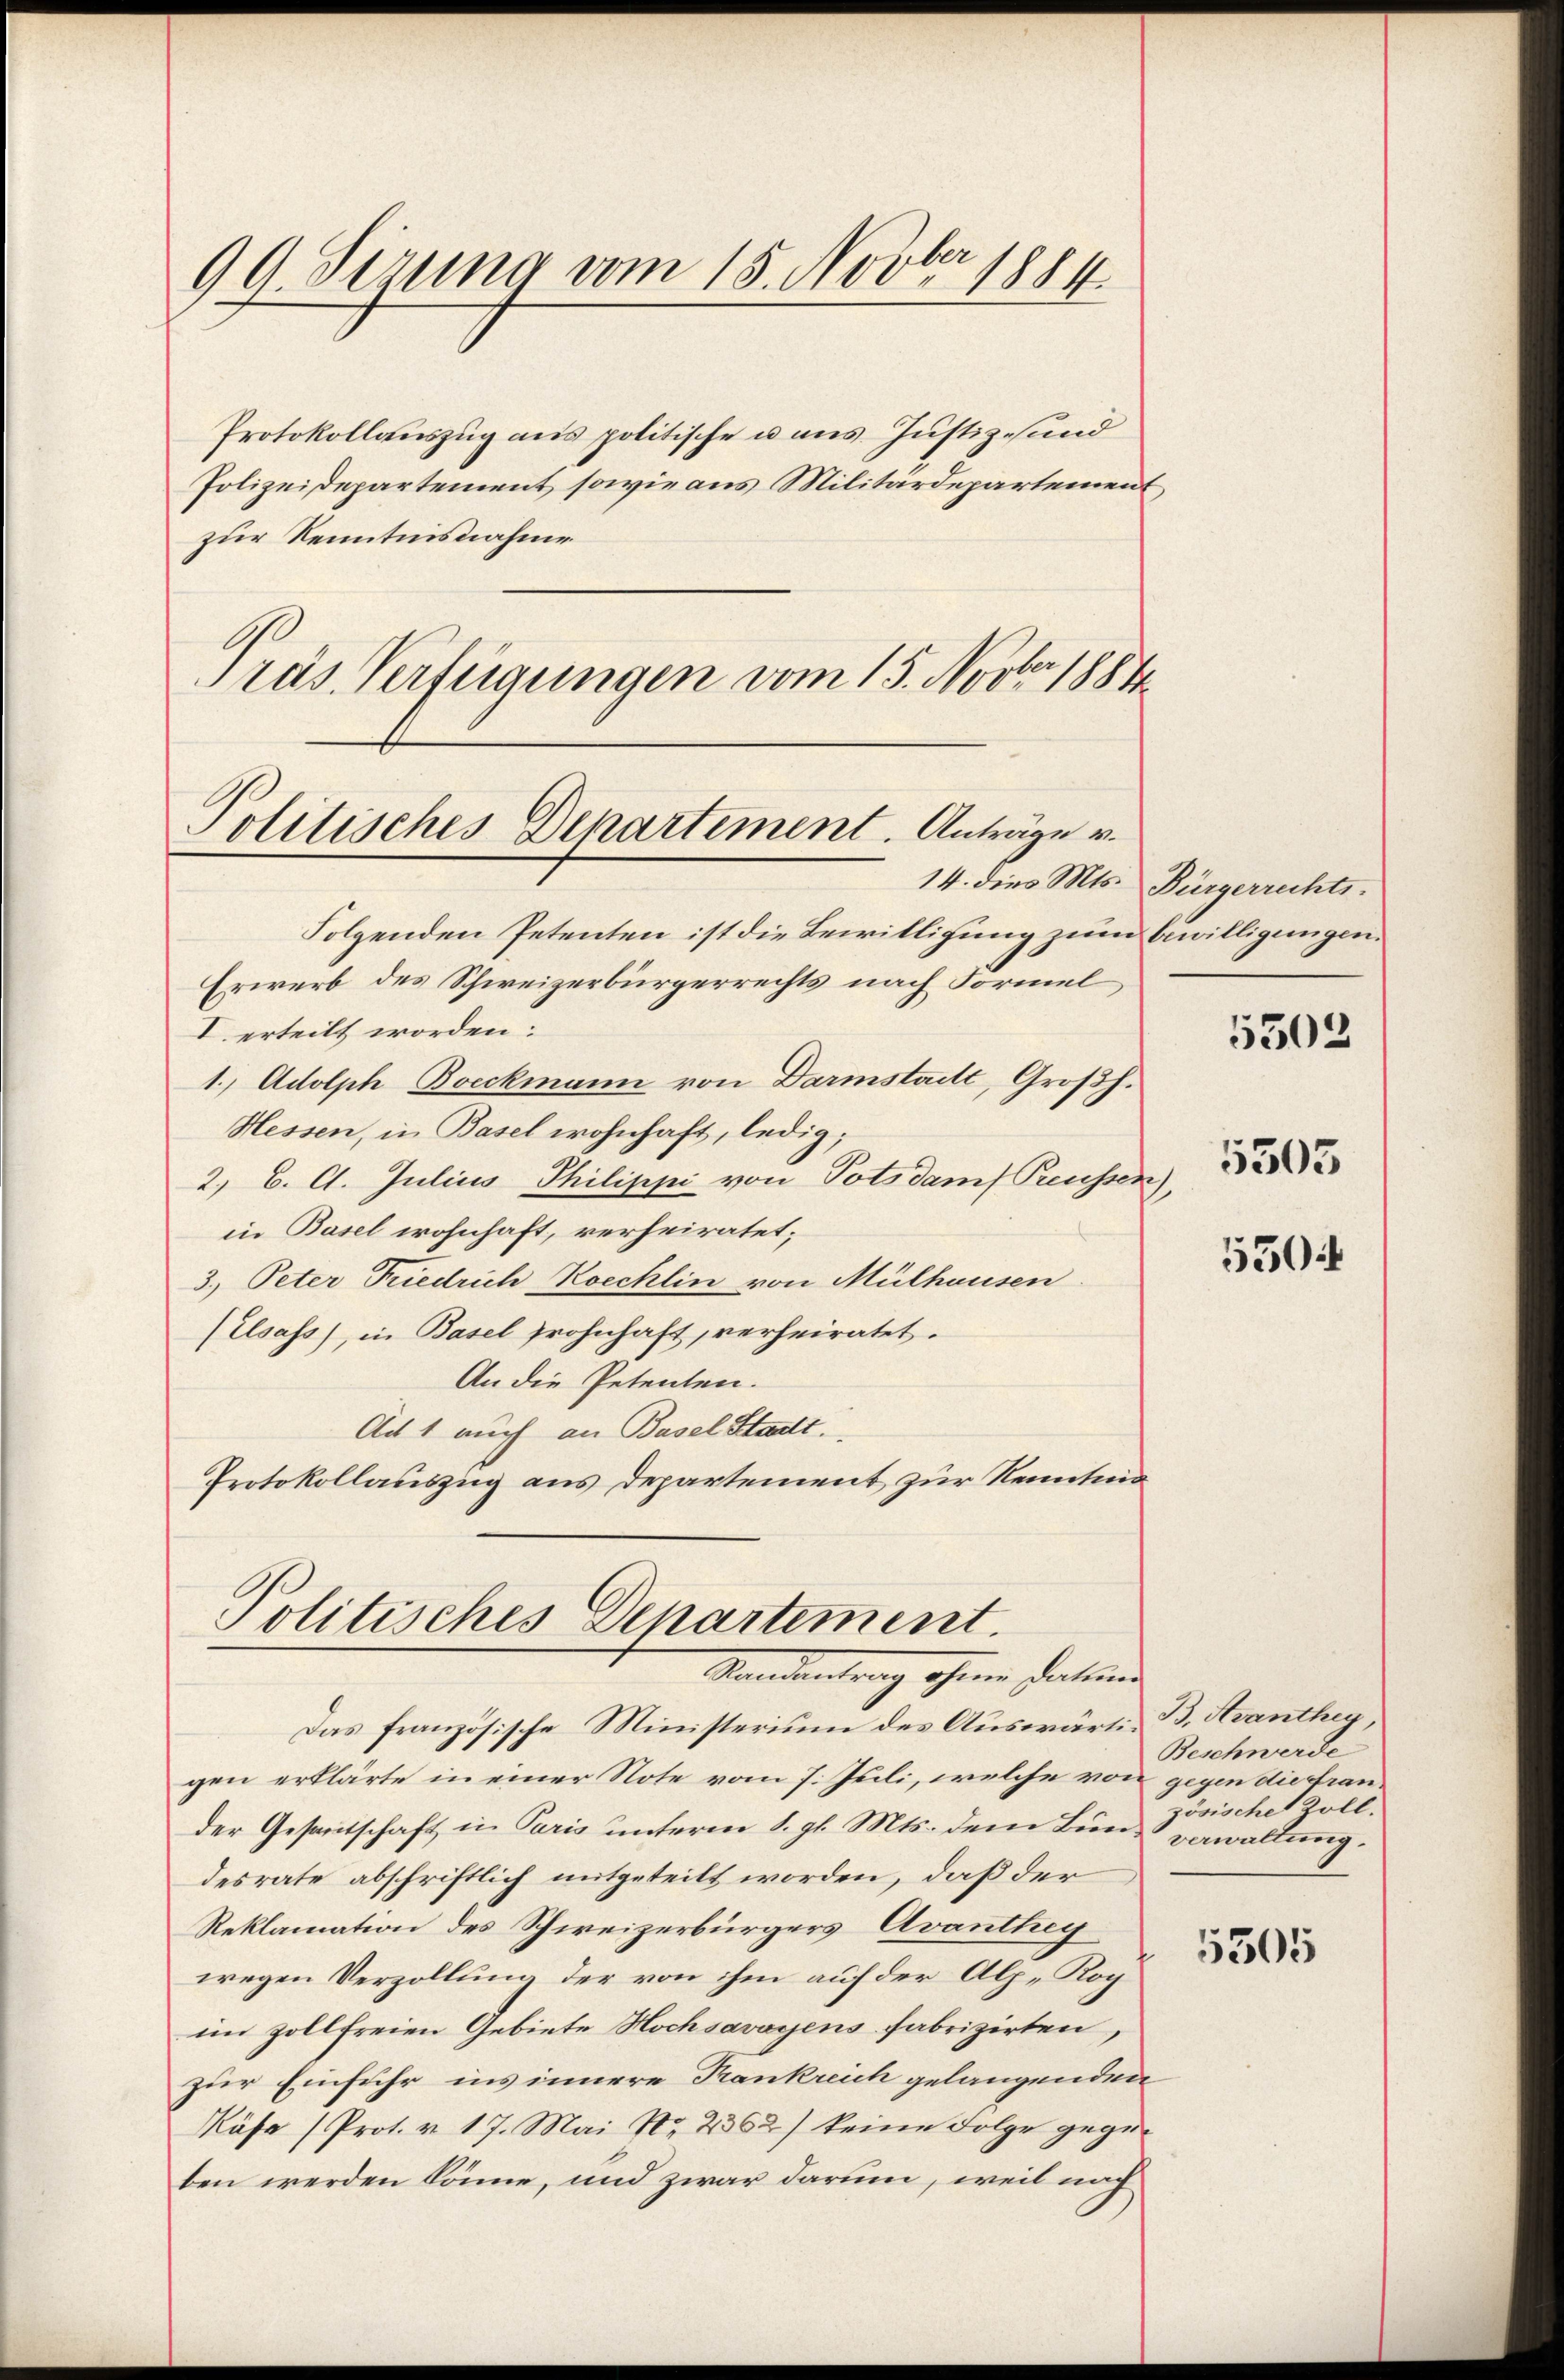
99. Sizung vom 15. Novber 1884.

Protokollauszug aus politische u aus Justiz- und
Polizeidepartement, sowie aus Militärdepartement,
zur Kenntnisnahme
Präs. Verfügungen vom 15. Novbr. 1884

Politisches Departement. Anträge v.

Folgenden Petenten ist die Bewilligung zum bewilligungen.
Erwerb des Schweizerbürgerrechts nach Formel
I. erteilt worden:
1. Adolph Boeckmann von Darmstadt, Großh.
Hessen, in Basel wohnhaft, ledig;
2.) C. C. Julius Philippi von Potsdamf Preusser
in Basel wohnhaft, verheiratet;
3.) Peter Friedrich Koechlin von Mülhausen
(Elsass, in Basel frohnhaft, verheiratet.
An die Petenten.
Ad 1 auch an Basel Stadtt.
Protokollauszug aus Departement zur Kenntma
Politisches Departement.
Standentrag ohnen Datum
Das französische Ministerium des Auswärtigen erklärte in einer Note vom 7. Juli, welche von gegen die Frander Gesantschaft in Paris unterm 8. gl. Mts. dem Bund rawallung.
desrate abschriftlich mitgeteilt worden, daß der
Reklamation des Schweizerbürgers Avanthey
wegen Verzollung der von ihm auf der Alp. Rog
im zollfreien Gebiete Hochsavoyens fabrizirten,
zur Einfuhr ins innere Krankreich gelangenden
Käse (Prot. v. 17. Mai No 2362) keine Folge gegeben werden könne, und zwar darum, weil nach

14. dies Mts. Bürgerrechts.

.

5503

5303

550

B. Avanthey,
Beschwerde
zösische Zoll.

5305